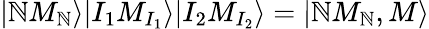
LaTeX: |\mathbb{N}M_{\mathbb{N}}\rangle|I_{1}M_{I_{1}}\rangle|I_{2}M_{I_{2}}\rangle=|\mathbb{N}M_{\mathbb{N}},M\rangle